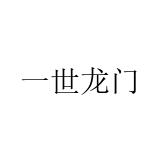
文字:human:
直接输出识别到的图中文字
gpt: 一世龙门